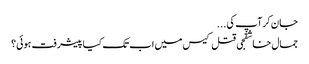
جان کرآپ کی ...
جمال خاشقجی قتل کیس میں اب تک کیا پیشرفت ہوئی؟